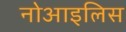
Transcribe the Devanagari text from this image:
नोआइलिस